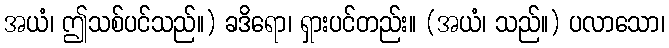
အယံ၊ ဤသစ်ပင်သည်။) ခဒိရော၊ ရှားပင်တည်း။ (အယံ၊ သည်။) ပလာသော၊